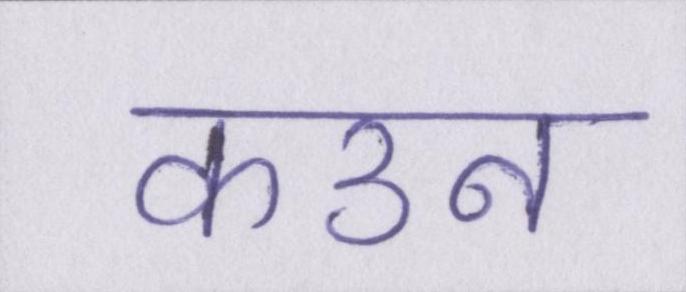
कउन